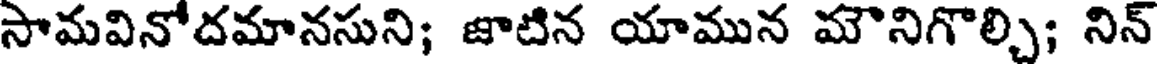
సామవినోదమానసుని; జాటిన యామున మౌనిగొల్చి; నిన్